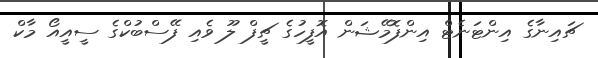
ޗައިނާގެ އިންޓަނެޓް އިންފޮމޭޝަން އޮފީހުގެ ޗީފް ލޫ ވެއި ފޭސްބުކްގެ ސީއީއޯ މާކް